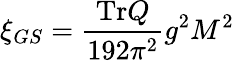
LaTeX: \xi_{GS}={\frac{\mathrm{Tr}Q}{192\pi^{2}}}g^{2}M^{2}